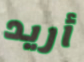
أريد